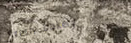
fresh bakery